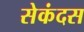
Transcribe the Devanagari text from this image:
सेकंदस